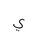
Letter: _ya